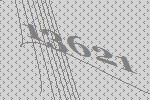
13621